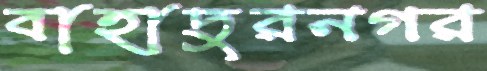
বাহাদুরনগর